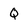
Character: Q